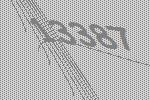
13387